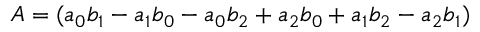
A = ( a _ { 0 } b _ { 1 } - a _ { 1 } b _ { 0 } - a _ { 0 } b _ { 2 } + a _ { 2 } b _ { 0 } + a _ { 1 } b _ { 2 } - a _ { 2 } b _ { 1 } )